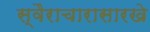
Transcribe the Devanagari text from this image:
स्वैराचारासारखे